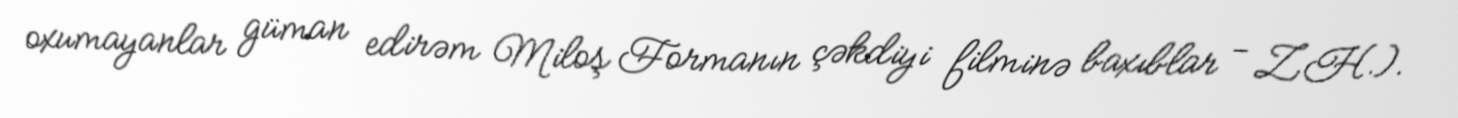
oxumayanlar güman edirəm Miloş Formanın çəkdiyi filminə baxıblar - Z.H.).